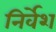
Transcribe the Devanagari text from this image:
निर्वेश